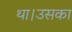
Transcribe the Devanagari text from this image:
था।उसका